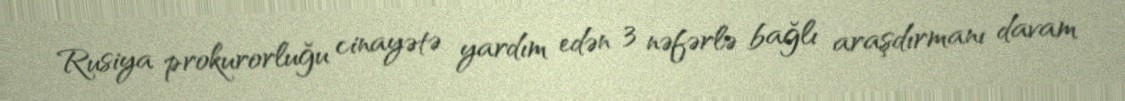
Rusiya prokurorluğu cinayətə yardım edən 3 nəfərlə bağlı araşdırmanı davam